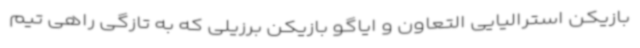
بازیکن استرالیایی التعاون و ایاگو بازیکن برزیلی که به تازگی راهی تیم